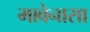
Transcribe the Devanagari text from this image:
मावेनासा